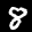
Label: 8